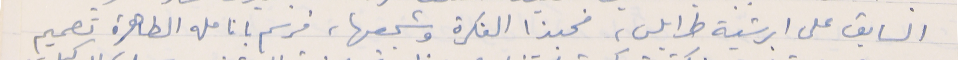
السابق على ابرشية طرابلس، فحبذا الفكرة وشجعها، فرسم بانامله الطاهرة تصميم